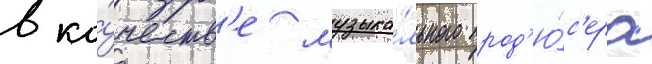
в ка́честв'е музыка́льного прод'ю́с'ера